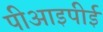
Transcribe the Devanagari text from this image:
पीआइपीई